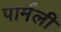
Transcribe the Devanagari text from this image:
पार्मली